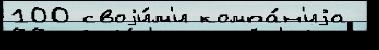
100 своjи́м'и компа́н'иjа